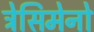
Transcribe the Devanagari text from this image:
ट्रेसिमेनो